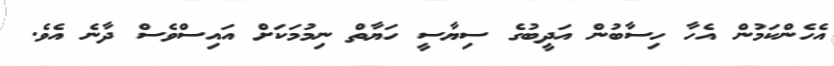
އެހެންކަމުން އެހާ ހިސާބުން އަދީބުގެ ސިޔާސީ ހަޔާތް ނިމުމަކަށް އައިސްވެސް ދާނެ އެވެ.